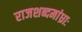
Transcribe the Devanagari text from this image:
राजशब्दमांध्राः